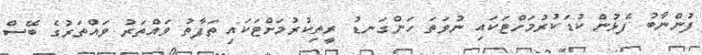
ފުންނާބު ފެޅުން ކުޑަކުރުމަށްޓަކައި ނުވަތަ ހަންގަނޑު ރީތިކުރުމަށްޓަކައި ތަފާތު ވައްތަރު ވައްތަރުގެ ބޭސް